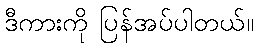
ဒီကားကို ပြန်အပ်ပါတယ်။